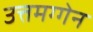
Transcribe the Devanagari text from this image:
उत्तमग्गेन